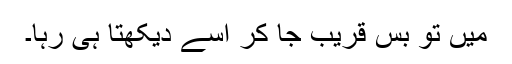
میں تو بس قریب جا کر اسے دیکھتا ہی رہا۔